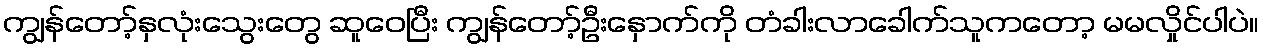
ကျွန်တော့်နှလုံးသွေးတွေ ဆူဝေပြီး ကျွန်တော့်ဦးနှောက်ကို တံခါးလာခေါက်သူကတော့ မမလှိုင်ပါပဲ။